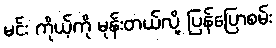
မင်း ကိုယ့်ကို မုန်းတယ်လို့ ပြန်ပြောစမ်း